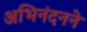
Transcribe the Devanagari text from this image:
अभिनंदनने